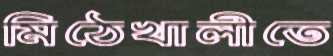
মিঠেখালীতে